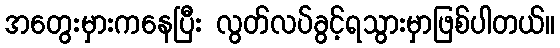
အတွေးမှားကနေပြီး လွတ်လပ်ခွင့်ရသွားမှာဖြစ်ပါတယ်။